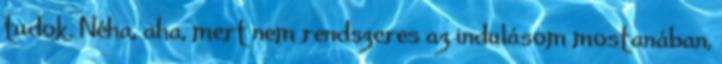
tudok. Néha, aha, mert nem rendszeres az indulásom mostanában,